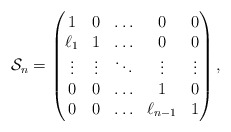
\begin{align*}\mathcal{S}_n=\begin{pmatrix}1 & 0 & \ldots & 0 & 0\\\ell_1 & 1 & \ldots & 0 & 0\\\vdots & \vdots & \ddots & \vdots & \vdots\\0 & 0 & \ldots & 1 & 0\\0 & 0 & \ldots & \ell_{n-1} & 1\end{pmatrix},\end{align*}